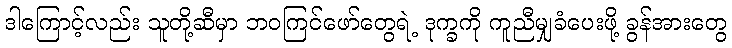
ဒါကြောင့်လည်း သူတို့ဆီမှာ ဘဝကြင်ဖော်တွေရဲ့ ဒုက္ခကို ကူညီမျှခံပေးဖို့ ခွန်အားတွေ